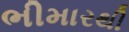
ભીમારથી